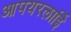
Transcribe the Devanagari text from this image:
आपयरलाईि